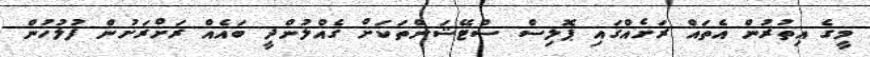
މީގެ އިތުރުން އެތައް ރަށެއްގައި ޕޮލިސް ސްޓޭޝަންތަކަށް ގެއްލުންދީ ބައެއް ރަށްރަށުން ފުލުހުން